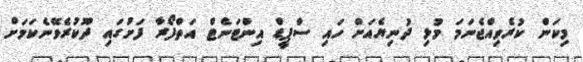
މިކަން ކުރެވިއްޖެނަމަ މުޅި ދުނިޔެއަށް ހައި ސްޕީޑް އިންޓަނެޓް އަތްފޯރާ ފަށުގައި ދޫކުރެވޭނެކަމަށް